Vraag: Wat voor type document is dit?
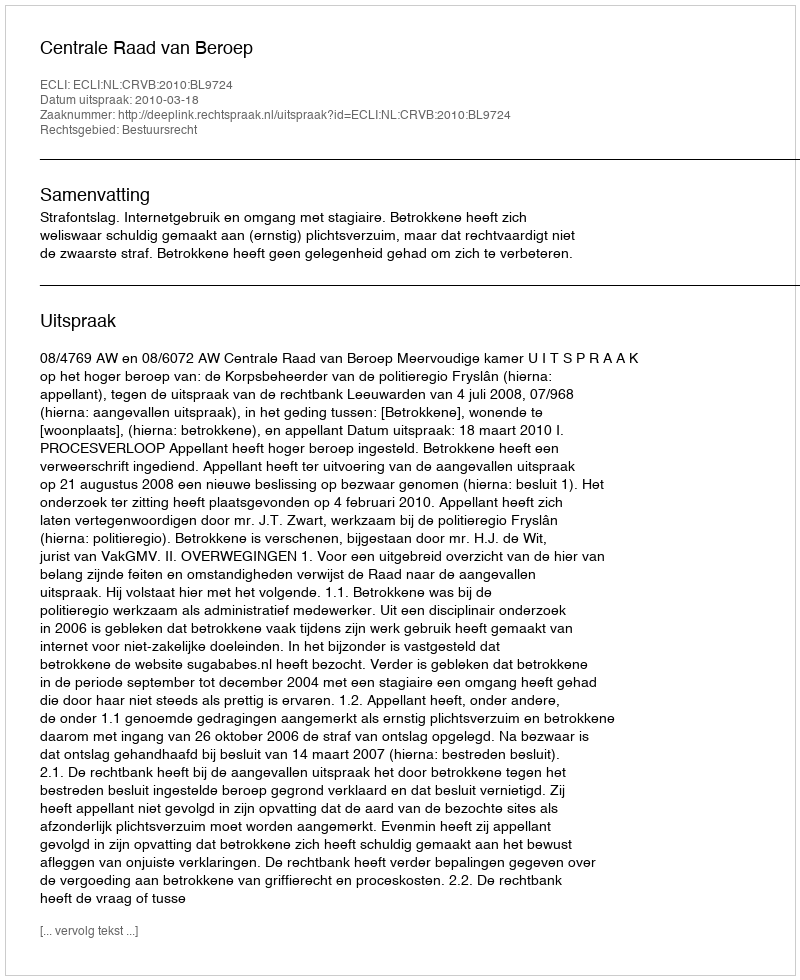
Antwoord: Uitspraak